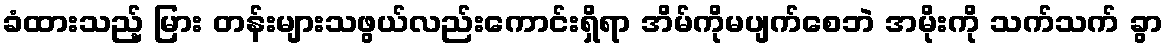
ခံထားသည့် မြား တန်းများသဖွယ်လည်းကောင်းရှိရာ အိမ်ကိုမပျက်စေဘဲ အမိုးကို သက်သက် ခွာ